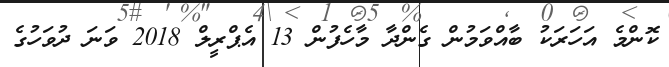
ކޮންމެ އަހަރަކު ބާއްވަމުން ގެންދާ މާހެފުން 13 އެޕްރީލް 2018 ވަނަ ދުވަހުގެ